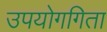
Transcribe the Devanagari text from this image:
उपयोगगिता